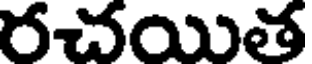
రచయిత